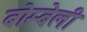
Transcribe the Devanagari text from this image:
बोम्बेली